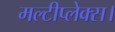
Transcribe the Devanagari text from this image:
मल्टीप्लेक्स।